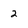
Character: 2